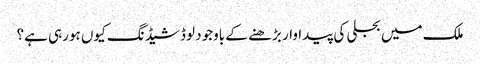
ملک میں بجلی کی پیداوار بڑھنے کے باوجود لوڈشیڈنگ کیوں ہورہی ہے؟